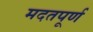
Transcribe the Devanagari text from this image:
मदतपूर्ण